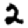
Digit: 2